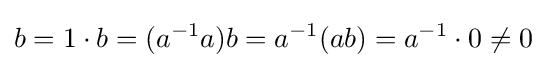
b=1\cdot b=(a^{-1}a)b=a^{-1}(ab)=a^{-1}\cdot 0\neq 0